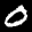
Label: 0